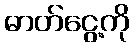
ဓာတ်ငွေ့ကို